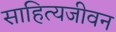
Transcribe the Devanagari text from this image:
साहित्यजीवन